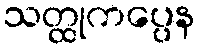
သတ္ထုကပ္ပေန